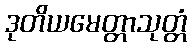
ဒုတိယမေတ္တာသုတ္တံ